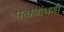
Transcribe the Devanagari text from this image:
पक्षबांधणी